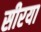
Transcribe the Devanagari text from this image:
सीरया